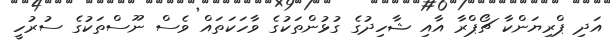
އަދި ޕްރިޔަންކާ ޗޯޕްރާ އާއި ޝާހިދުގެ ގުޅުންތަކުގެ ވާހަކަތައް ވެސް ނޫސްތަކުގެ ސުރުހީ